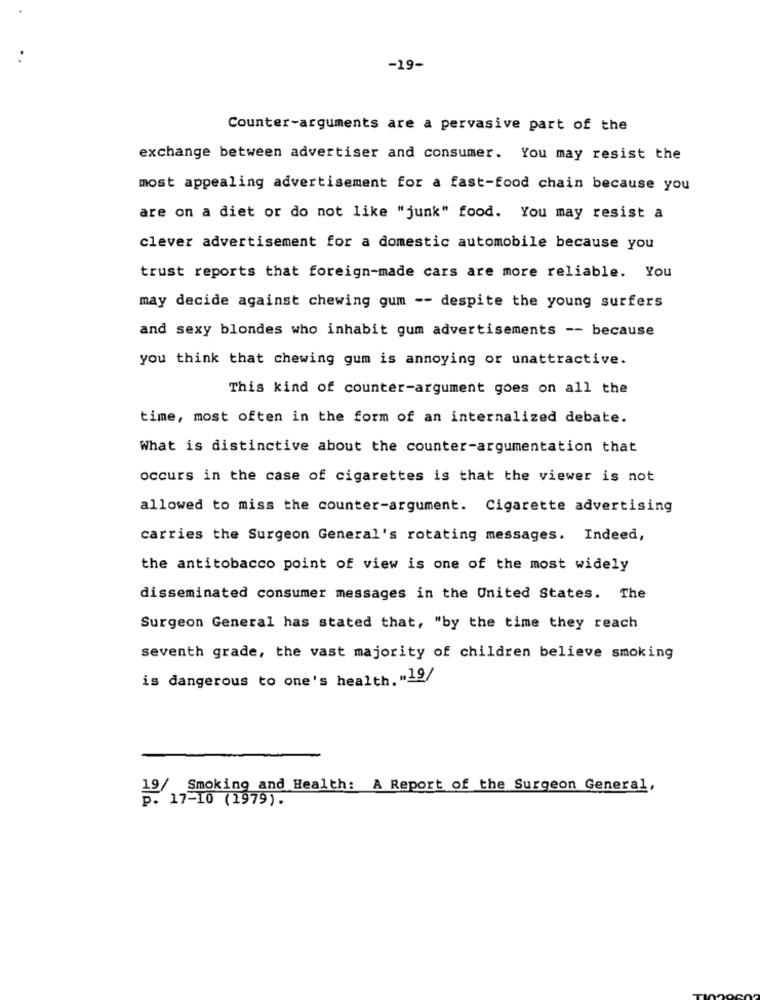
-19-
Counter-arguments are a pervasive part of the
exchange between advertiser and consumer. You may resist the
most appealing advertisement for a fast-food chain because you
are on a diet or do not like "junk" food. You may resist a
clever advertisement for a domestic automobile because you
trust reports that foreign-made cars are more reliable. You
may decide against chewing gum -- despite the young surfers
and sexy blondes who inhabit gum advertisements -- because
you think that chewing gum is annoying or unattractive.
This kind of counter-argument goes on all the
time, most often in the form of an internalized debate.
What is distinctive about the counter-argumentation that
occurs in the case of cigarettes is that the viewer is not
allowed to miss the counter-argument. Cigarette advertising
carries the Surgeon General's rotating messages. Indeed,
the antitobacco point of view is one of the most widely
disseminated consumer messages in the United States. The
Surgeon General has stated that, "by the time they reach
seventh grade, the vast majority of children believe smoking
is dangerous to one's health. "19/
19/
Smoking and Health: A Report of the Surgeon General,
p. 17-10 (1979).